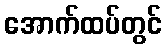
အောက်ထပ်တွင်